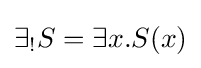
\exists _{!}S=\exists x.S(x)